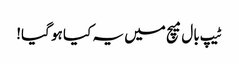
ٹیپ بال میچ میں یہ کیا ہو گیا!